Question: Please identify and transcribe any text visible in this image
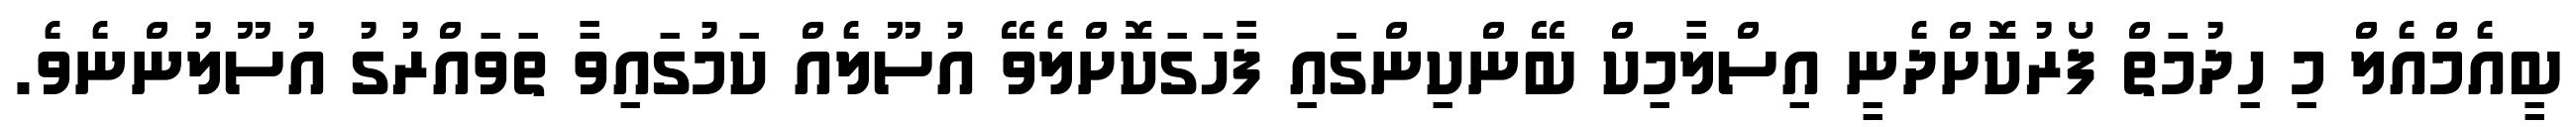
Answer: ބީއެމްއެލް މި ހިދުމަތް ފޯރުކޮށްދެނީ އިސްލާމިކް ބޭންކިންގައި ފާހަގަކޮށްލެވޭ އުސޫލެއް ކަމުގައިވާ ތަވައްރުގު އުސޫލުންނެވެ.